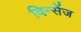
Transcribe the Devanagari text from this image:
विन्सेंज